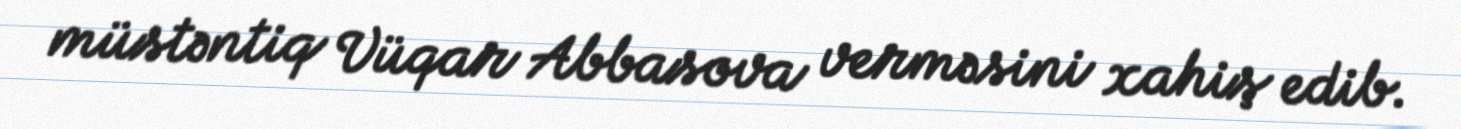
müstəntiq Vüqar Abbasova verməsini xahiş edib.